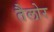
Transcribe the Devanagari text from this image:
तैलोर